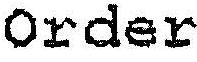
ORDER